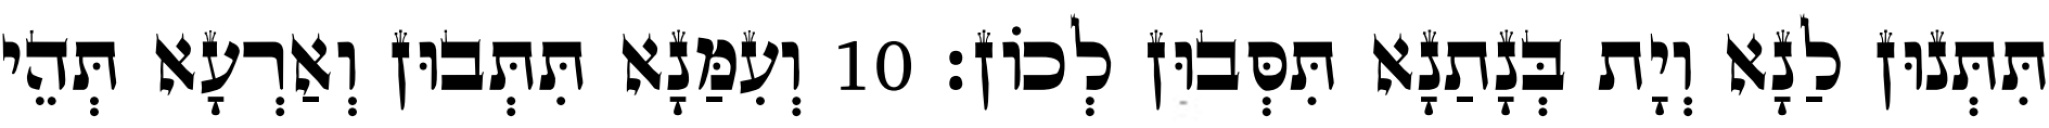
תִּתְּנוּן לַנָא וְיָת בְּנָתַנָא תִּסְּבוּן לְכוֹן׃ 10 וְעִמַּנָא תִּתְּבוּן וְאַרְעָא תְּהֵי